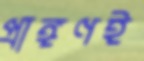
প্রাঙ্গণই